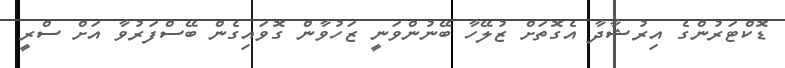
ޑޮކްޓަރުންގެ އިރުޝާދާ އެގޮތަށް ޒުލޭހާ ބޭނުންވަނީ ޒަހުވާން ގޮވައިގެން ބޭސްފަރުވާ އަށް ސްރީ